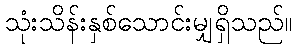
သုံးသိန်းနှစ်သောင်းမျှရှိသည်။